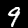
Label: 9